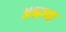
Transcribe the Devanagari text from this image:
अन्रगत